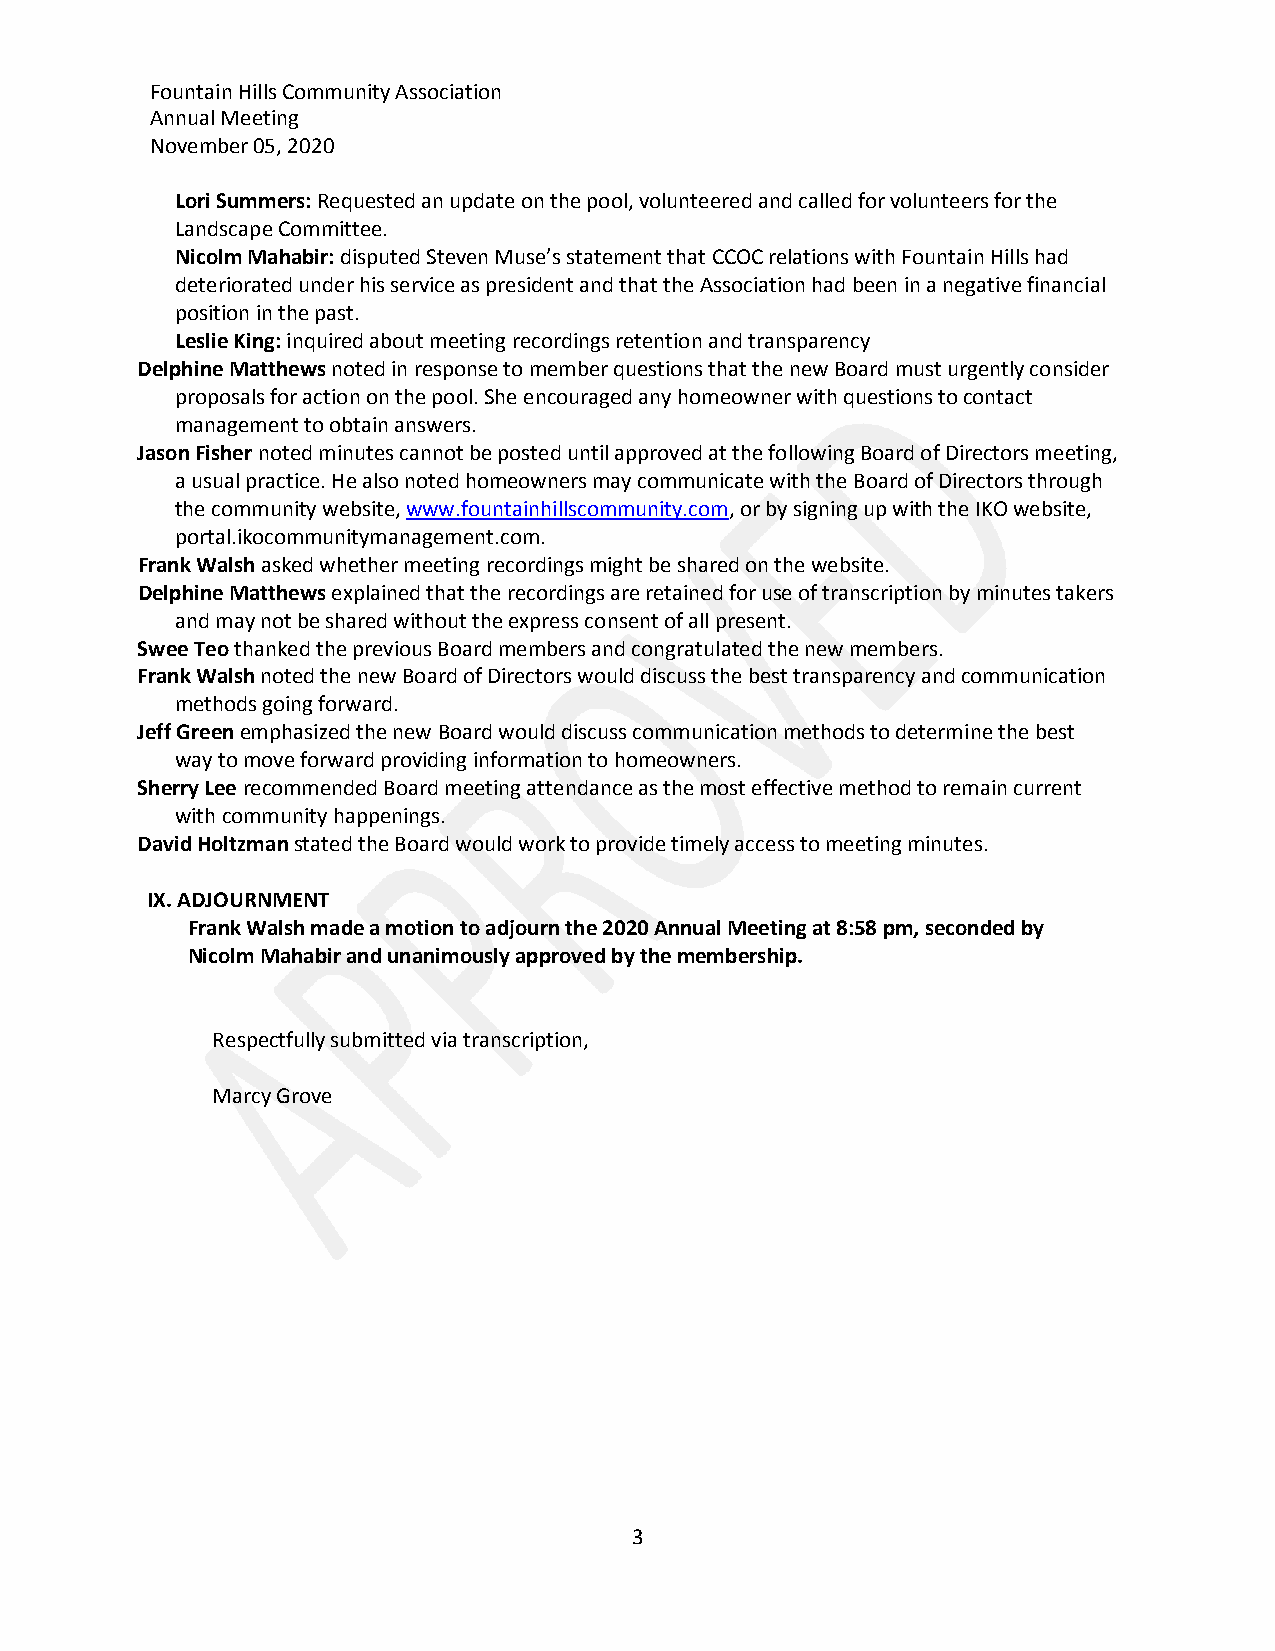
Fountain Hills Community Association
 Annual Meeting
 November 05, 2020
 Lori Summers: Requested an update on the pool, volunteered and called for volunteers for the
 Landscape Committee.
 Nicolm Mahabir: disputed Steven Muse’s statement that CCOC relations with Fountain Hills had
 deteriorated under his service as president and that the Association had been in a negative financial
 position in the past.
 Leslie King: inquired about meeting recordings retention and transparency
 Delphine Matthews noted in response to member questions that the new Board must urgently consider
 proposals for action on the pool. She encouraged any homeowner with questions to contact
 management to obtain answers.
 Jason Fisher noted minutes cannot be posted until approved at the following Board of Directors meeting,
 a usual practice. He also noted homeowners may communicate with the Board of Directors through
 the community website, www.fountainhillscommunity.com, or by signing up with the IKO website,
 portal.ikocommunitymanagement.com.
 Frank Walsh asked whether meeting recordings might be shared on the website.
 Delphine Matthews explained that the recordings are retained for use of transcription by minutes takers
 and may not be shared without the express consent of all present.
 Swee Teo thanked the previous Board members and congratulated the new members.
 Frank Walsh noted the new Board of Directors would discuss the best transparency and communication
 methods going forward.
 Jeff Green emphasized the new Board would discuss communication methods to determine the best
 way to move forward providing information to homeowners.
 Sherry Lee recommended Board meeting attendance as the most effective method to remain current
 with community happenings.
 David Holtzman stated the Board would work to provide timely access to meeting minutes.
 IX. ADJOURNMENT
 Frank Walsh made a motion to adjourn the 2020 Annual Meeting at 8:58 pm, seconded by
 Nicolm Mahabir and unanimously approved by the membership.
 Respectfully submitted via transcription,
 Marcy Grove
 3